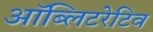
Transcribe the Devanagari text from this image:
ऑब्लिटरेटिव